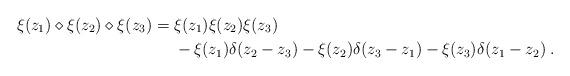
LaTeX: \begin{align*}\xi(z_1)\diamond\xi(z_2)\diamond\xi(z_3) {}={} & \xi(z_1)\xi(z_2)\xi(z_3) \\ & {}- \xi(z_1)\delta(z_2-z_3) - \xi(z_2)\delta(z_3-z_1) - \xi(z_3)\delta(z_1-z_2)\;. \end{align*}